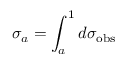
\sigma _ { a } = \int _ { a } ^ { 1 } d \sigma _ { \mathrm { o b s } }